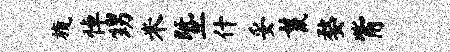
旒悼甥米暨什妥鬣婺觜